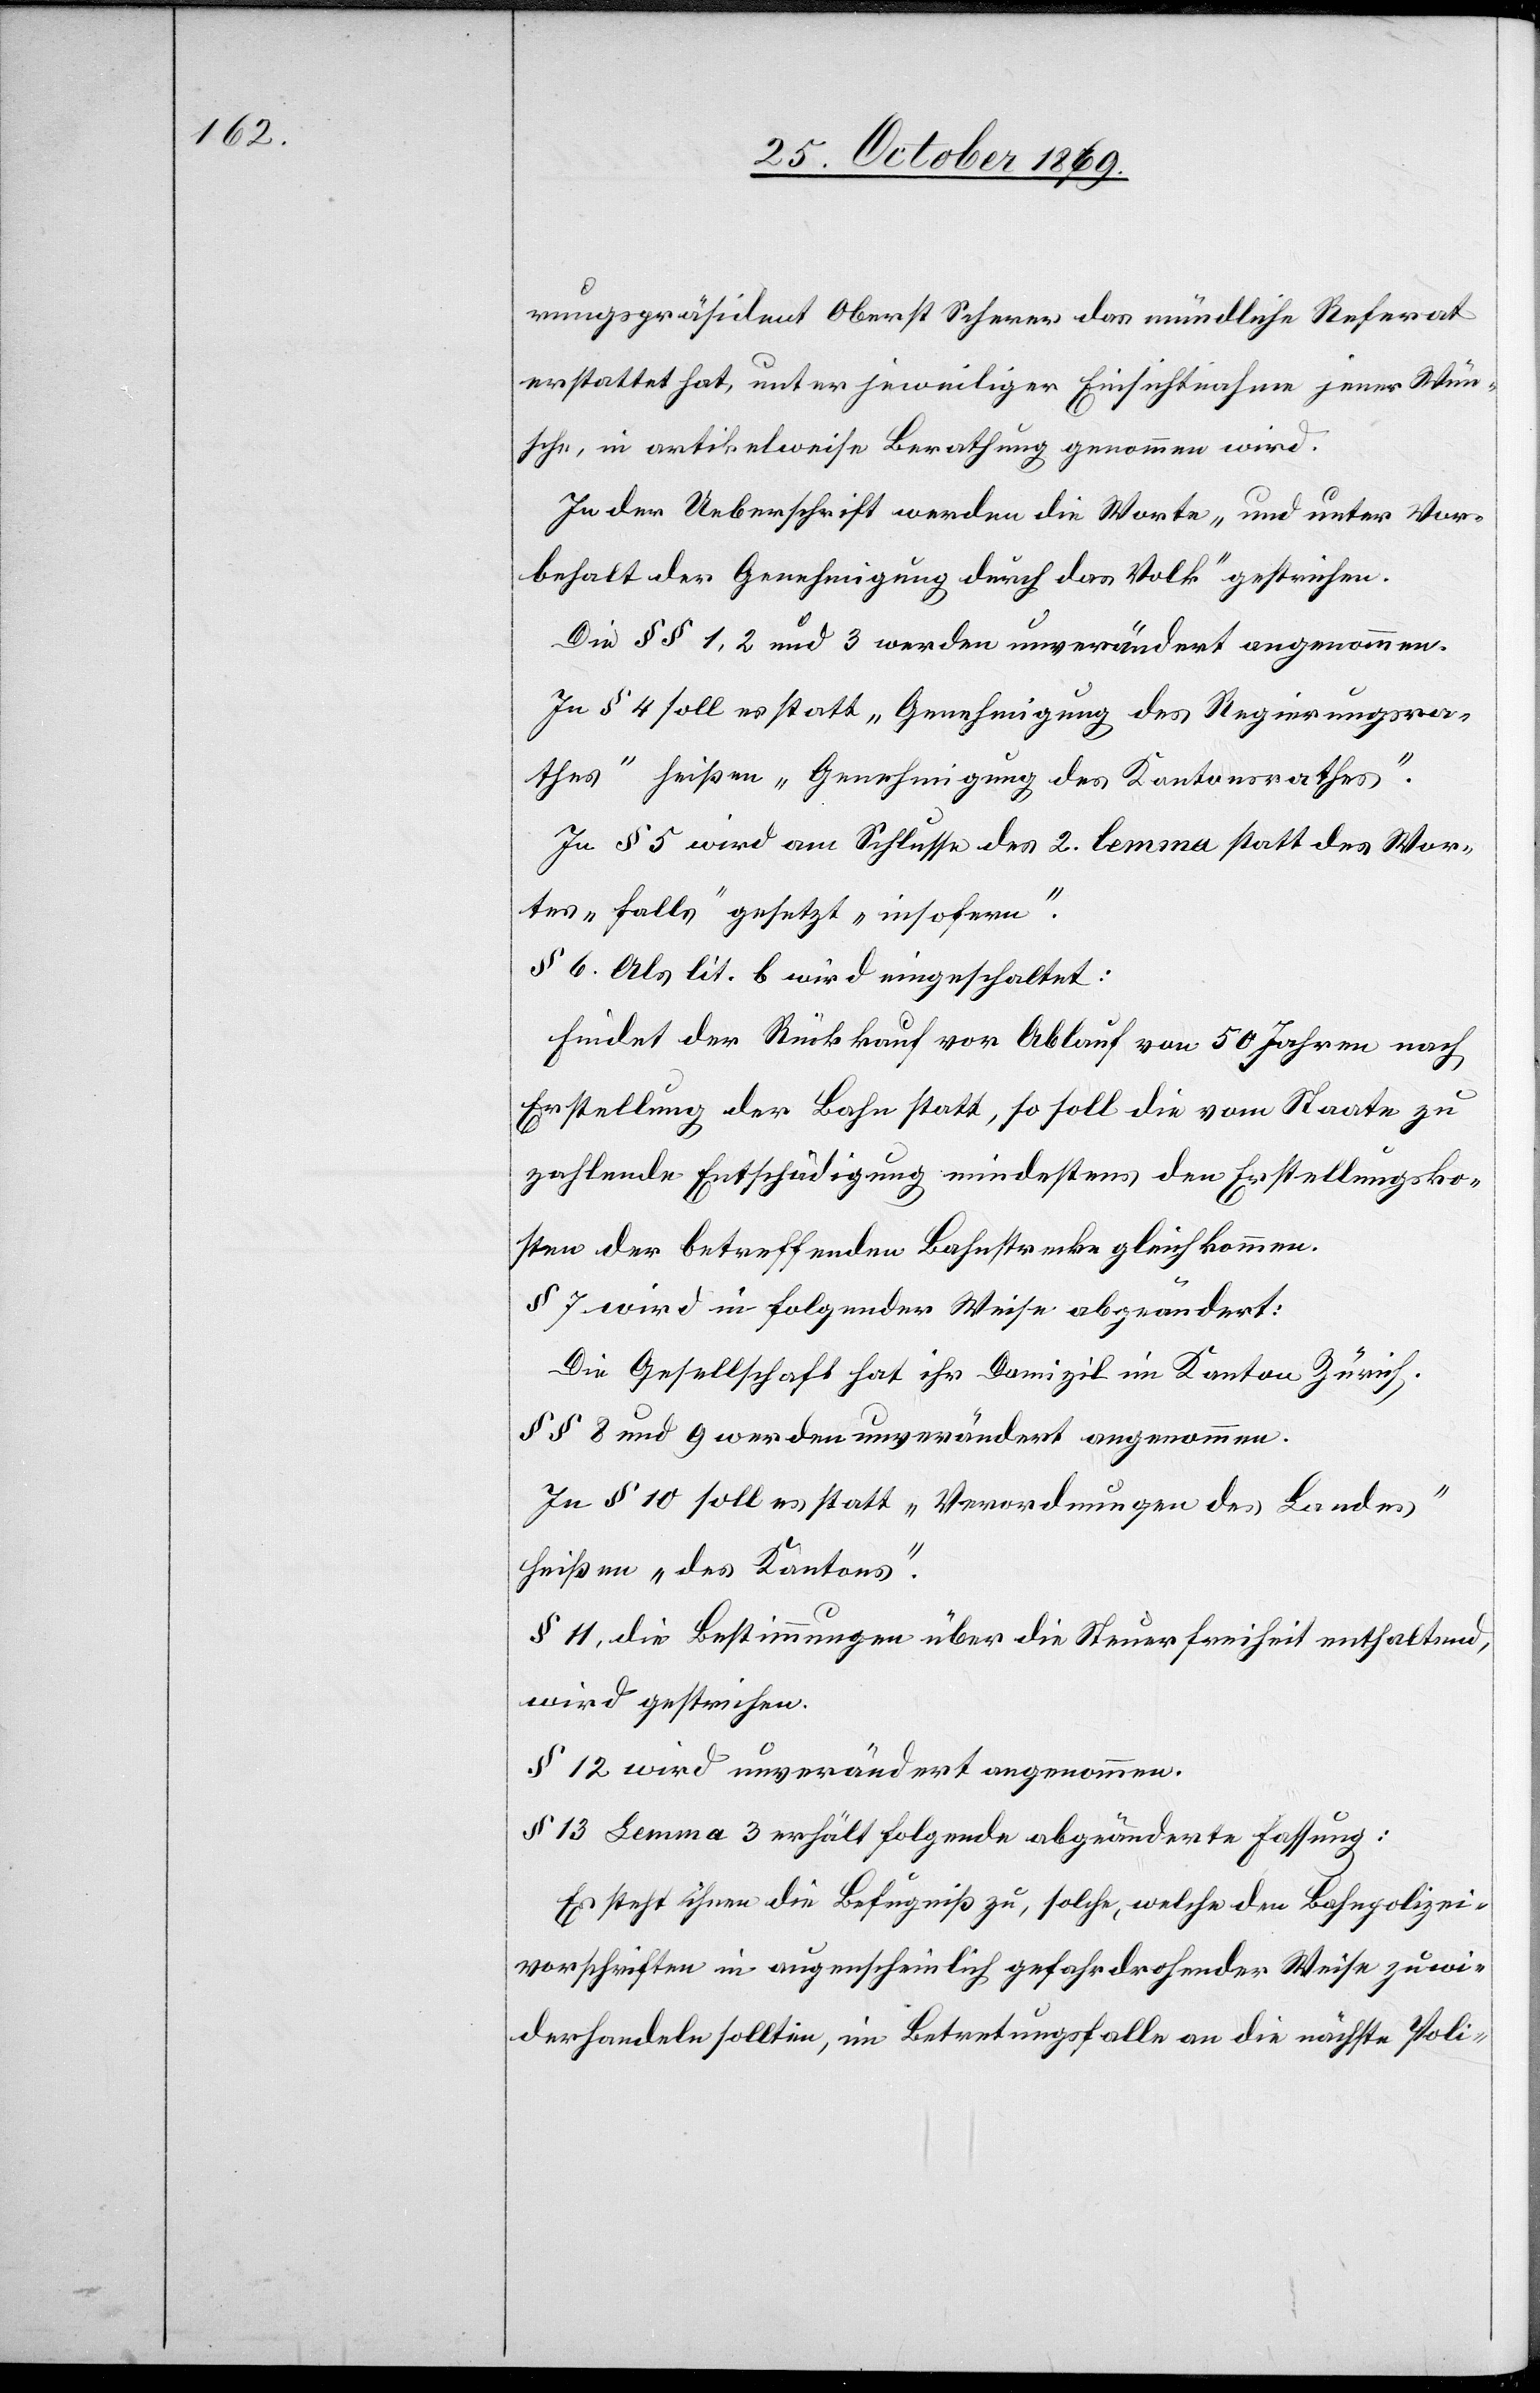
rungspräsident Oberst Scherer das mündliche Referat
erstattet hat, unter jeweiliger Einsichtnahme jener Wün¬
sche, in artikelweise Berathung genommen wird.
In der Ueberschrift werden die Worte „und unter Vor¬
behalt der Genehmigung durch das Volk“ gestrichen.
Die §§ 1, 2 und 3 werden unverändert angenommen.
In § 4 soll es statt „Genehmigung des Regierungsra¬
thes“ heißen „Genehmigung des Kantonsrathes“.
In § 5 wird am Schlusse des 2. lemma statt des Wor¬
tes „falls“ gesetzt „insofern“.
§ 6. Als lit. b wird eingeschaltet:
Findet der Rückkauf vor Ablauf von 50 Jahren nach
Erstellung der Bahn statt, so soll die vom Staate zu
zahlende Entschädigung mindestens den Erstellungsko¬
sten der betreffenden Bahnstrecke gleichkommen.
§ 7 wird in folgender Weise abgeändert:
Die Gesellschaft hat ihr Domizil im Kanton Zürich.
§§ 8 und 9 werden unverändert angenommen.
In § 10 soll es statt „Verordnungen des Bundes“
heißen „des Kantons“.
§ 11, die Bestimmungen über die Steuerfreiheit enthaltend,
wird gestrichen.
§ 12 wird unverändert angenommen.
§ 13 Lemma 3 erhält folgende abgeänderte Fassung:
Es steht ihnen die Befugniß zu, solche, welche den Bahnpolizei¬
vorschriften in augenscheinlich gefahrdrohender Weise zuwi¬
derhandeln sollten, im Betretungsfalle an die nächste Poli-